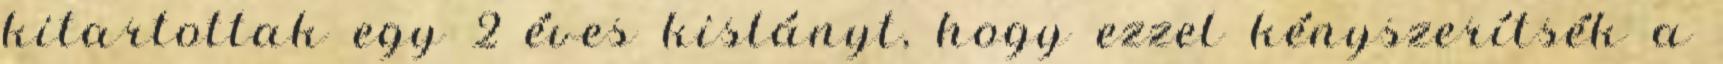
kitartottak egy 2 éves kislányt, hogy ezzel kényszerítsék a